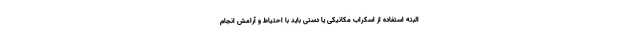
البته استفاده از اسکراب مکانیکی یا دستی باید با احتیاط و آرامش انجام